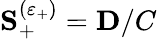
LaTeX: {\mathbf S}_{+}^{(\varepsilon_{+})}={\mathbf D}/C